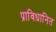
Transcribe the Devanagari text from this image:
प्राविधानित